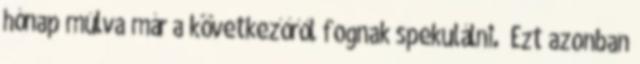
hónap múlva már a következőről fognak spekulálni.” Ezt azonban